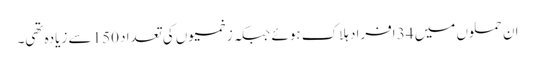
ان حملوں میں 34 افراد ہلاک ہوئے جبکہ زخمیوں کی تعداد 150 سے زیادہ تھی۔